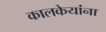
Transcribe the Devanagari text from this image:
कालकेयांना